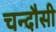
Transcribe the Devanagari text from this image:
चन्‍दौसी